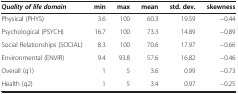
<table><thead><tr><td><b><i>Quality of Life Domain</i></b></td><td><b>min</b></td><td><b>max</b></td><td><b>mean</b></td><td><b>std. dev.</b></td><td><b>skewness</b></td></tr></thead><tbody><tr><td>Physical (PHYS)</td><td>3.6</td><td>100</td><td>60.3</td><td>19.59</td><td>−0.44</td></tr><tr><td>Psychological (PSYCH)</td><td>16.7</td><td>100</td><td>73.3</td><td>14.89</td><td>−0.89</td></tr><tr><td>Social Relationships (SOCIAL)</td><td>8.3</td><td>100</td><td>70.6</td><td>17.97</td><td>−0.66</td></tr><tr><td>Environmental (ENVIR)</td><td>9.4</td><td>93.8</td><td>57.6</td><td>16.82</td><td>−0.46</td></tr><tr><td>Overall (q1)</td><td>1</td><td>5</td><td>3.6</td><td>0.99</td><td>−0.73</td></tr><tr><td>Health (q2)</td><td>1</td><td>5</td><td>3.4</td><td>0.97</td><td>−0.25</td></tr></tbody></table>